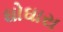
ઘોઘારા